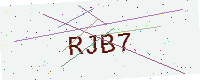
Text: RJB7